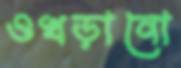
ওখড়ানো